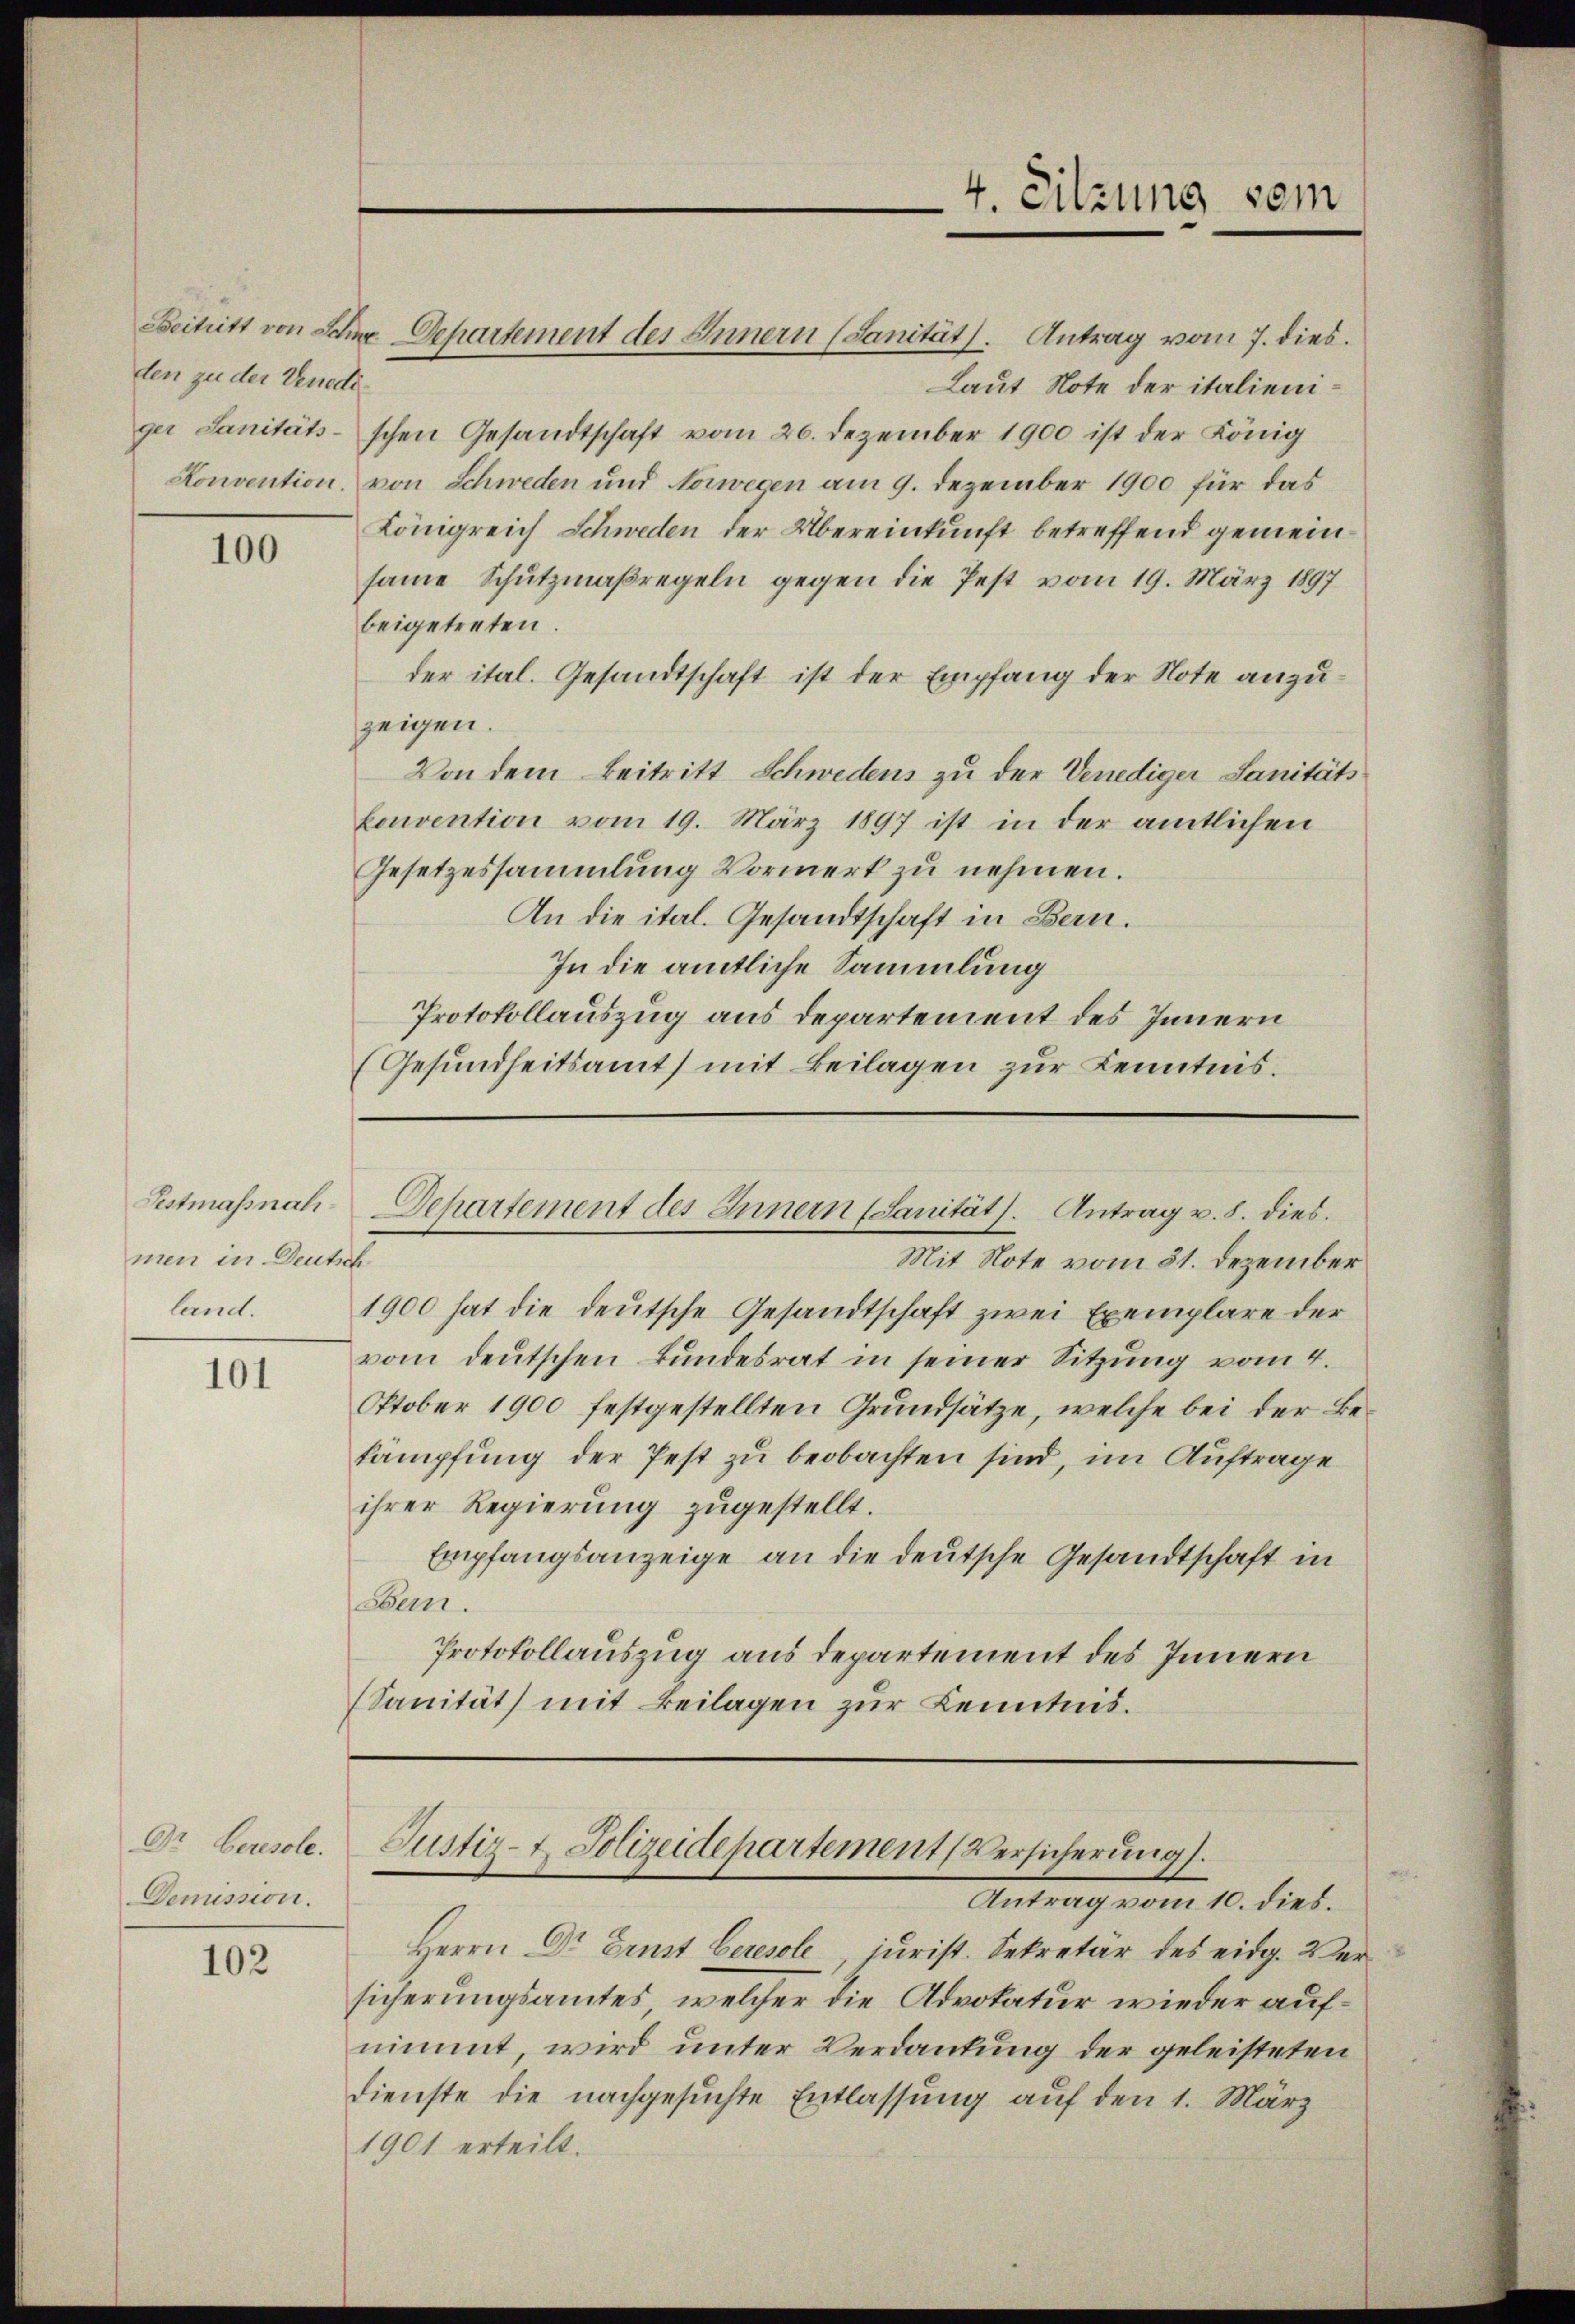
den zu der Venediger Sanitäts-

100

Festmassnahmen in Deutsch
land.

101

Dr Ceresole.
Demission.

102

Laut Note der italienischen Gesandtschaft vom 26. Dezember 1900 ist der König
Konvention, von Schweden und Norwegen am 9. Dezember 1900 für das
Königreich Schweden der Übereinkunft betreffend gemeinsame Schutzmaßregeln gegen die fest vom 19. März 1897
beigetreten.
der ital. Gesandtschaft ist der Empfang der Note anzuzeigen.
Von dem Beitritt Schwedens zu der Venediger Sanitäts
konvention vom 19. März 1897 ist in der amtlichen
Gesetzessammlung Vormerk zu nehmen.
An die ital. Gesandtschaft in Bern.
In die amtliche Sammlung
Protokollauszug aus Departement des Innern
(Gesundheitsamt mit Beilagen zur Kenntnis.

Beitritt von Seine Departement des Innern (Sanität. Antrag vom 7. dies

4. Sitzung sein

Departement des Innern (Sanität. Antrag v. 8. dies.

Justiz-t. Polizeidepartement (Versicherung.
Antrag vom 10. dies.

Mit Note vom 31. Dezember
1900 hat die deutsche Gesandtschaft zwei Exemplare der
vom deutschen Bundesrat in seiner Sitzung vom 4.
Oktober 1900 festgestellten Grundsätze, welche bei der Bekämpfung der Pest zu beobachten sind, im Auftrage
ihrer Regierung zugestellt.
Empfangsanzeige an die deutsche Gesandtschaft in
sen.
Protokollauszug aus departement des Innern
(Sanität mit Beilagen zur Kenntnis.

Herrn Dr Ernst beresole jurist. Sekretär des eidg. Versicherungsamtes, welcher die Advokatur wieder aufnimmt, wird unter Verdankung der geleisteten
dienste die nachgesuchte Entlassung auf den 1. März
1901 erteilt.